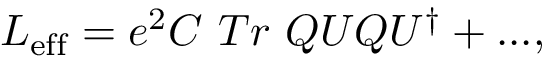
{ \cal L } _ { \mathrm { e f f } } = e ^ { 2 } C ~ T r ~ Q U Q U ^ { \dagger } + . . . ,